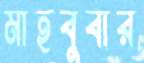
মাহবুবার